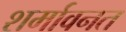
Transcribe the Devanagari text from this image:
शर्मावनत